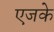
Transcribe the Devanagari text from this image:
एजके